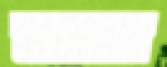
লাসেলেস